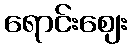
ရောင်းဈေး